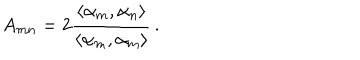
A _ { m n } = 2 \frac { \langle \alpha _ { m } , \alpha _ { n } \rangle } { \langle \alpha _ { m } , \alpha _ { m } \rangle } \, .